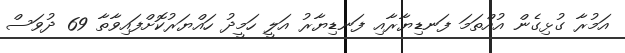
އަމުރާ ގުޅިގެން އުއްތަމަ ފަނޑިޔާރާއި ފަނޑިޔާރު އަލީ ހަމީދު ހައްޔަރުކޮށްފައިވާތާ 69 ދުވަސް